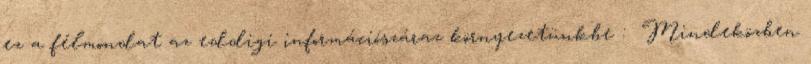
ez a félmondat az eddigi információszáraz környezetünkbe : Mindeközben